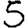
Digit: 5